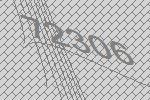
72306